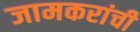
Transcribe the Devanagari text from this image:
जामकरांची